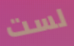
لست